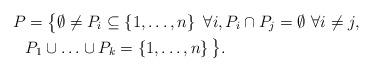
LaTeX: \begin{align*}P &= \big \lbrace \emptyset \neq P_i \subseteq \left \lbrace 1, \ldots, n \right \rbrace ~\forall i, P_i \cap P_j = \emptyset ~ \forall i\neq j, \\&P_1 \cup \ldots \cup P_k = \left \lbrace 1, \ldots, n \right \rbrace \big \rbrace. \end{align*}